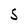
Character: S